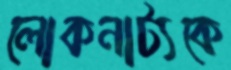
লোকনাট্যকে